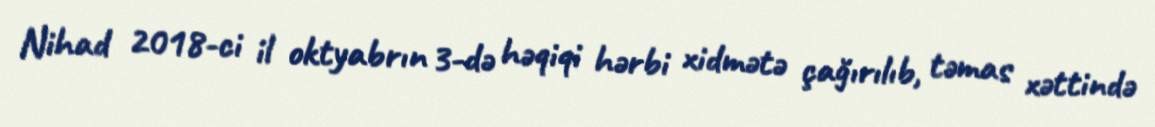
Nihad 2018-ci il oktyabrın 3-də həqiqi hərbi xidmətə çağırılıb, təmas xəttində